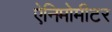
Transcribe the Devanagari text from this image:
ऐनिमोमीटर